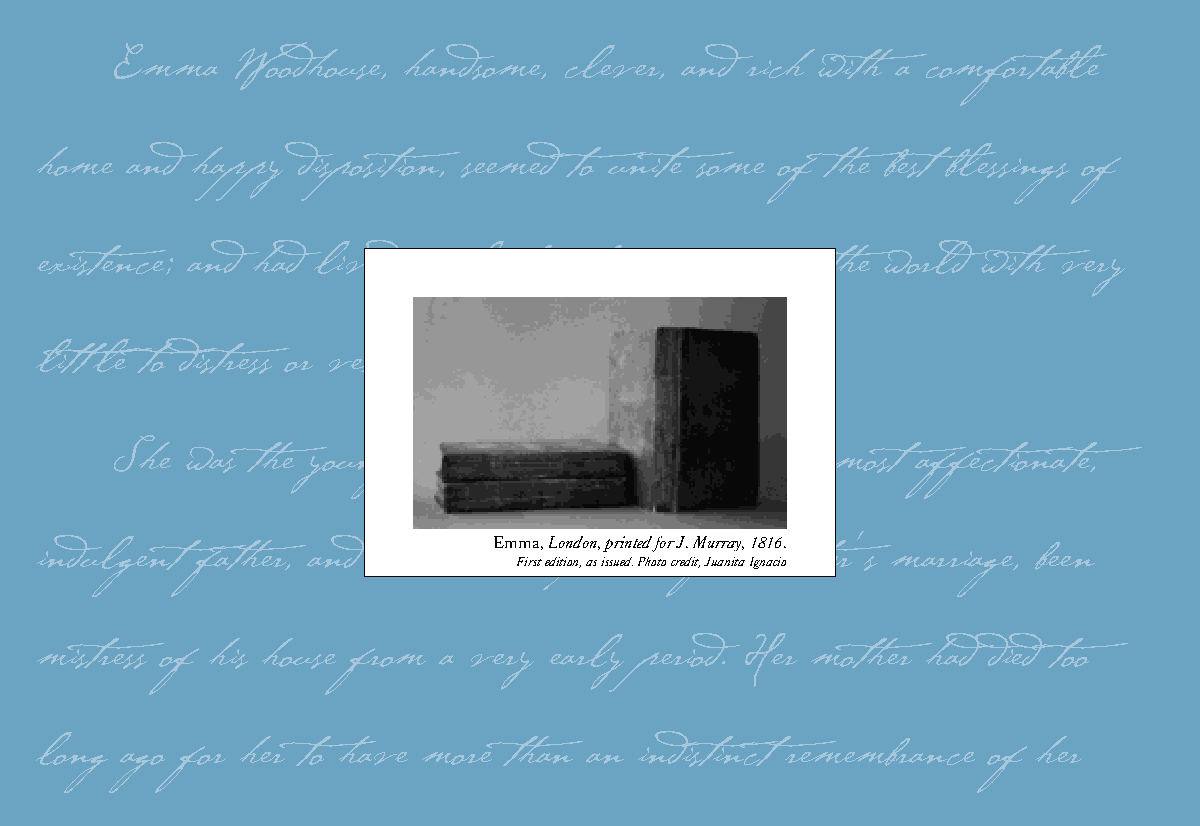
Emma     Woodhouse, handsome, clever, and  rich with a comfortable
 home  and  happy  disposition, seemed to unite some of the best blessings of
 existence; and had lived nearly twenty-one  years in the world with very
 litt le to distress or vex her.
 She  was  the youngest of the two daughters of a most affectionate,
 Emma, London, printed for J. Murray, 1816.
 indulgent  father, and had, in coFnirsts edeitqion,u as eissnued.c Pheoto croedfit, J uanhitae Igrna cios ister’s marriage, been
 mistress of his house from a very early period. Her mother had died too
 long  ago for her to have more  than an indistinct remembrance  of her